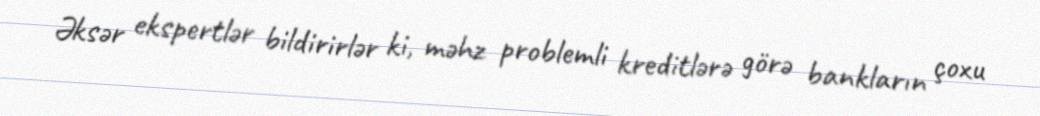
Əksər ekspertlər bildirirlər ki, məhz problemli kreditlərə görə bankların çoxu